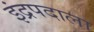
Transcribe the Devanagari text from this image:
इंद्रपदाला